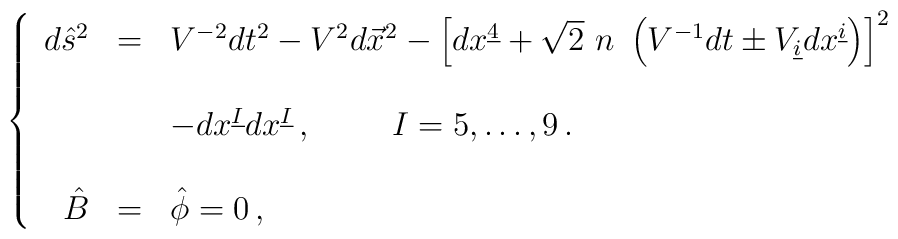
\left\{\begin{array}{rcl}d\hat{s}^{2} & = & V^{-2}dt^{2} -V^{2}d\vec{x}^{2}-\left[ dx^{\underline{4}}+\sqrt{2}\ n\ \left( V^{-1}dt \pm V_{\underline{i}}dx^{\underline{i}}\right) \right]^{2}\\& & \\& &-dx^{\underline{I}} dx^{\underline{I}}\, ,\hspace{1cm} I=5,\ldots,9\, .\\& & \\\hat{B} & = & \hat{\phi} = 0\, ,\\\end{array}\right.